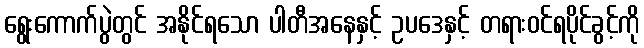
ရွေးကောက်ပွဲတွင် အနိုင်ရသော ပါတီအနေနှင့် ဥပဒေနှင့် တရားဝင်ရပိုင်ခွင့်ကို